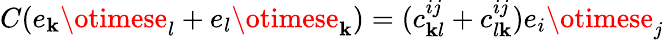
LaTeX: C(e_{\mathbf{k}}\otimese_{l}+e_{l}\otimese_{\mathbf{k}})=(c_{\mathbf{k}l}^{ij}+c_{l\mathbf{k}}^{ij})e_{i}\otimese_{j}